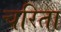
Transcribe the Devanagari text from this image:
चरिता